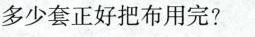
多少套正好把布用完?